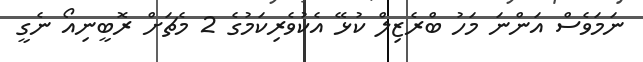
ނަމަވެސް އަންނަ މަހު ބްރެޒިލް ކުޅޭ އެކުވެރިކަމުގެ 2 މެޗަށް ރޮބީނިއޯ ނެގީ